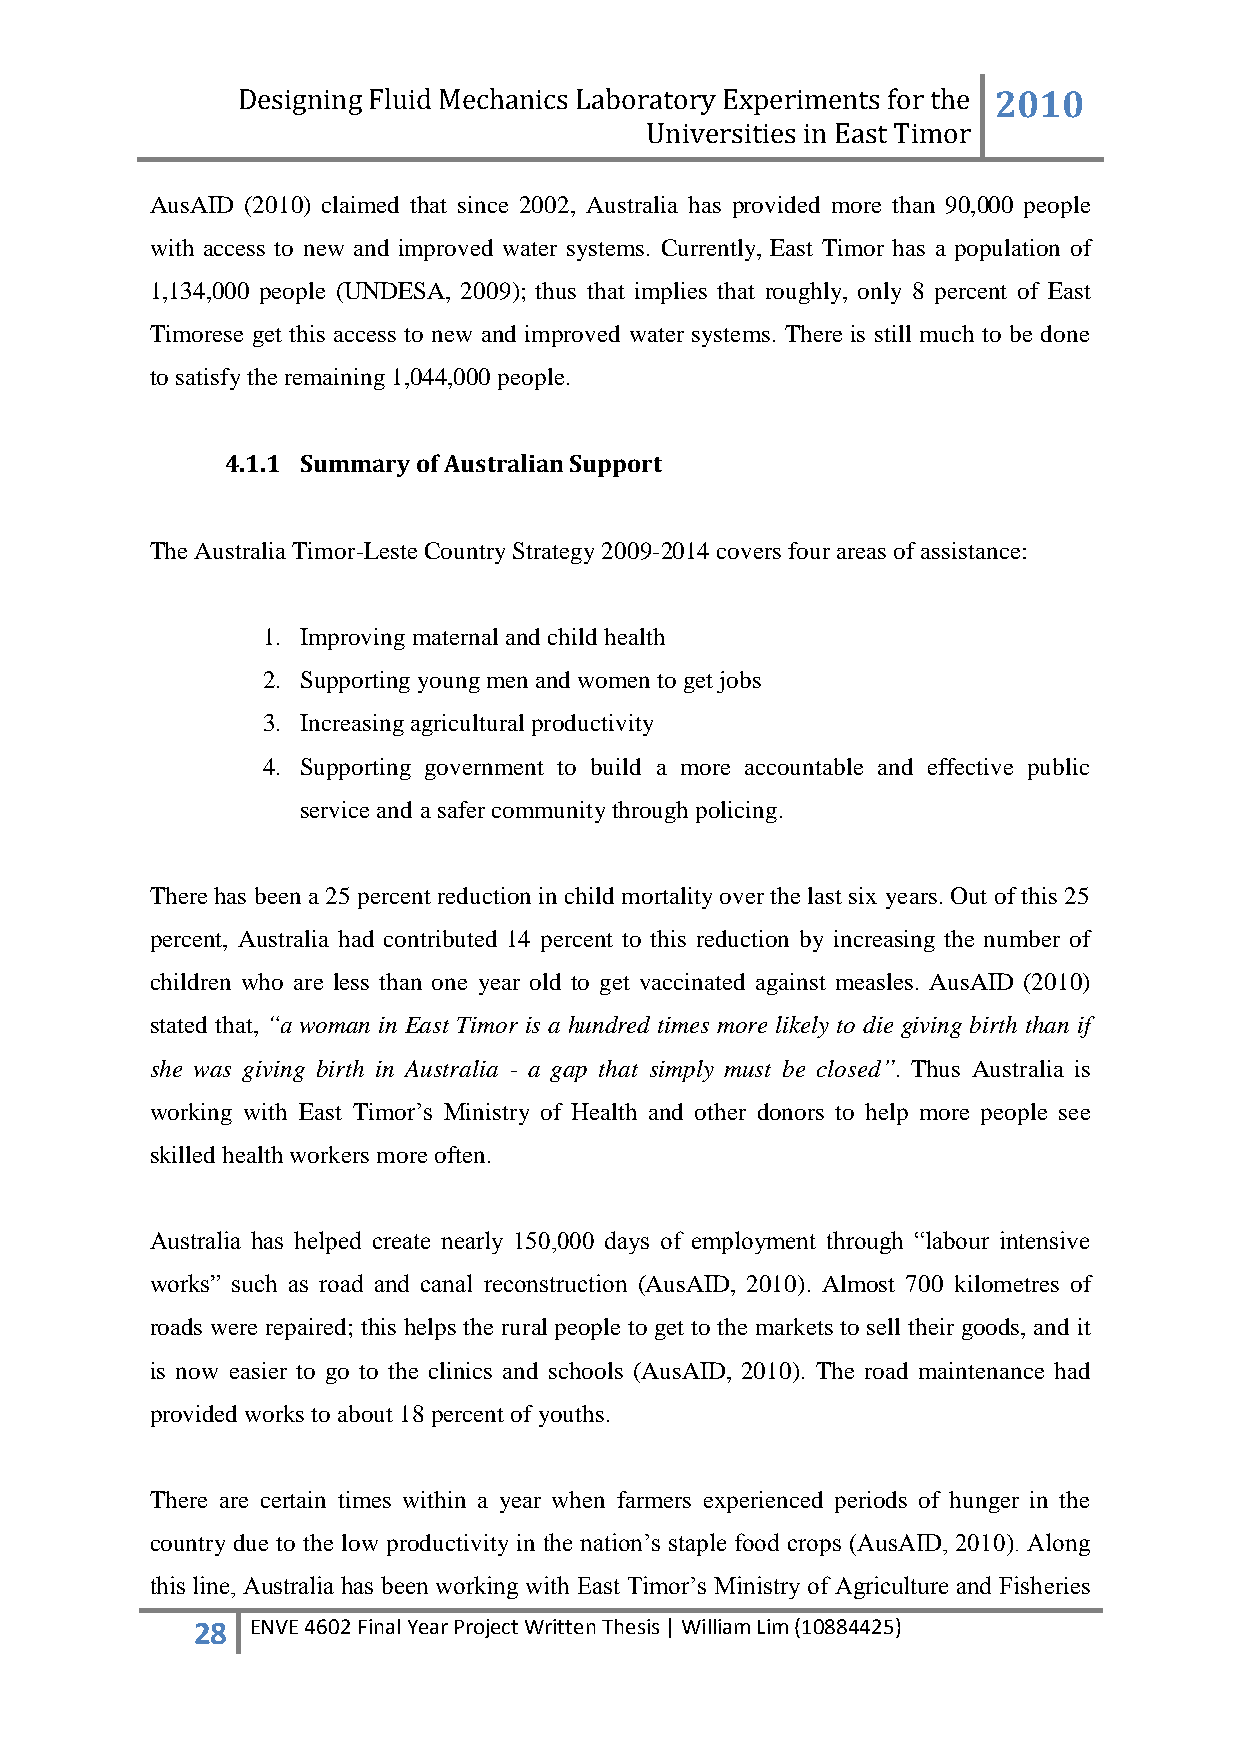
Designing Fluid Mechanics Laboratory Experiments for the 2010
 Universities in East Timor
 AusAID (2010) claimed that since 2002, Australia has provided more than 90,000 people
 with access to new and improved water systems. Currently, East Timor has a population of
 1,134,000 people (UNDESA, 2009); thus that implies that roughly, only 8 percent of East
 Timorese get this access to new and improved water systems. There is still much to be done
 to satisfy the remaining 1,044,000 people.
 4.1.1 Summary of Australian Support
 The Australia Timor-Leste Country Strategy 2009-2014 covers four areas of assistance:
 1. Improving maternal and child health
 2. Supporting young men and women to get jobs
 3. Increasing agricultural productivity
 4. Supporting government to build a more accountable and effective public
 service and a safer community through policing.
 There has been a 25 percent reduction in child mortality over the last six years. Out of this 25
 percent, Australia had contributed 14 percent to this reduction by increasing the number of
 children who are less than one year old to get vaccinated against measles. AusAID (2010)
 stated that, “a woman in East Timor is a hundred times more likely to die giving birth than if
 she was giving birth in Australia - a gap that simply must be closed”. Thus Australia is
 working with East Timor‟s Ministry of Health and other donors to help more people see
 skilled health workers more often.
 Australia has helped create nearly 150,000 days of employment through “labour intensive
 works” such as road and canal reconstruction (AusAID, 2010). Almost 700 kilometres of
 roads were repaired; this helps the rural people to get to the markets to sell their goods, and it
 is now easier to go to the clinics and schools (AusAID, 2010). The road maintenance had
 provided works to about 18 percent of youths.
 There are certain times within a year when farmers experienced periods of hunger in the
 country due to the low productivity in the nation‟s staple food crops (AusAID, 2010). Along
 this line, Australia has been working with East Timor‟s Ministry of Agriculture and Fisheries
 28  ENVE 4602 Final Year Project Written Thesis | William Lim (10884425)